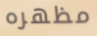
مظهره